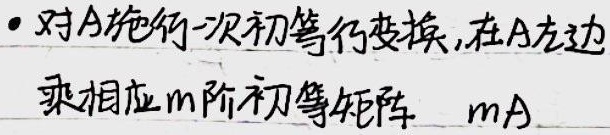
- 对\(A\)施行一次初等行变换，在\(A\)左边乘相应\(m\)阶初等矩阵 \(m\times A\)  （这里推测你原内容“\(mA\)”可能少了乘号，按照修正规则进行了添加，若理解有误你可指出）